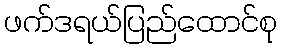
ဖက်ဒရယ်ပြည်ထောင်စု